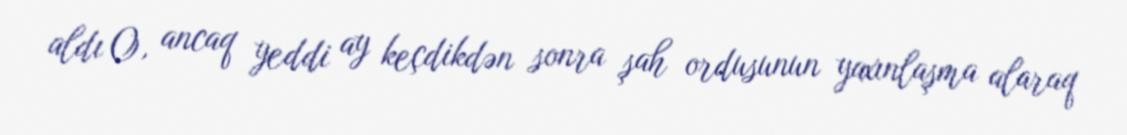
aldı O, ancaq yeddi ay keçdikdən sonra şah ordusunun yaxınlaşma alaraq